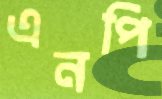
এনপি